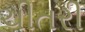
ચીતરી